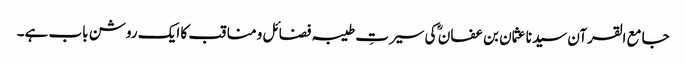
جامع القرآن سیدنا عثمان بن عفان ؓ کی سیرتِ طیبہ فضائل و مناقب کا ایک روشن باب ہے۔